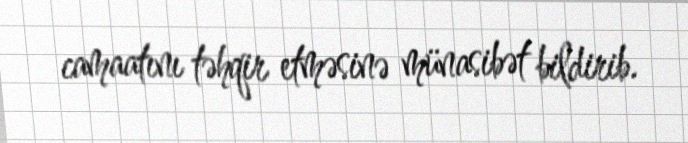
camaatını təhqir etməsinə münasibət bildirib.